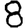
Digit: 8